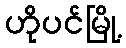
ဟိုပင်မြို့